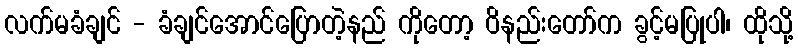
လက်မခံချင် - ခံချင်အောင်ပြောတဲ့နည် ကိုတော့ ဝိနည်းတော်က ခွင့်မပြုပါ၊ ထိုသို့